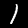
Digit: 1